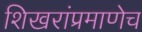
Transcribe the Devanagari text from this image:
शिखरांप्रमाणेच